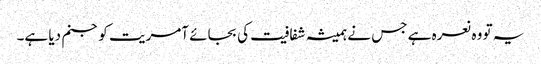
یہ تو وہ نعرہ ہے جس نے ہمیشہ شفافیت کی بجائے آمریت کو جنم دیا ہے۔